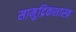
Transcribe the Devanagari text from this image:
सामुद्रिकशास्त्र